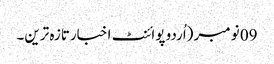
09 نومبر (اُردو پوائنٹ اخبارتازہ ترین۔